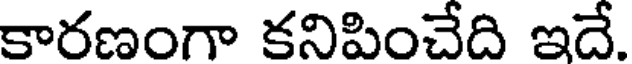
కారణంగా కనిపించేది ఇదే.